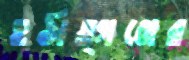
হঠাত্গঞ্জের